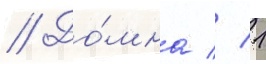
// До́мна // 1